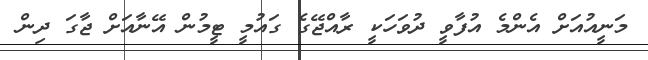
މަނީއުއަށް އެންމެ އުފާވީ ދުވަހަކީ ރާއްޖޭގެ ގައުމީ ޓީމުން އޭނާއަށް ޖާގަ ދިން